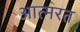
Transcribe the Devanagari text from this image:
आत्मरत